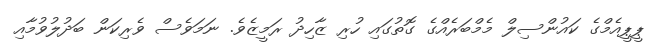
ޕީޕީއެމްގެ ކައުންސިލް މެމްބަރެއްގެ ގޮތުގައި ހުރި ޒާހިދު ރަމީޒެވެ. ނަަމަވެސް ވެރިކަން ބަދުލުވުމާއި